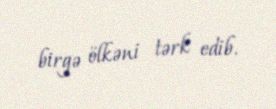
birgə ölkəni tərk edib.